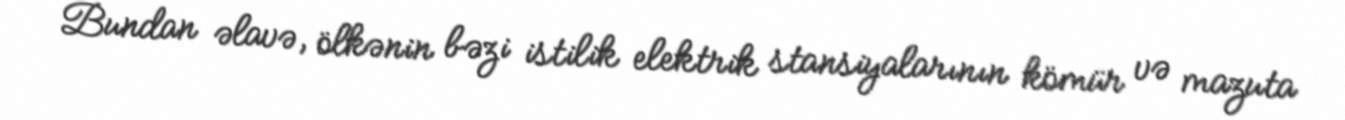
Bundan əlavə, ölkənin bəzi istilik elektrik stansiyalarının kömür və mazuta